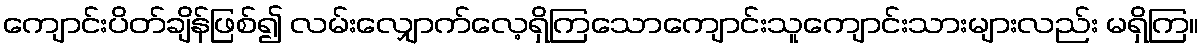
ကျောင်းပိတ်ချိန်ဖြစ်၍ လမ်းလျှောက်လေ့ရှိကြသောကျောင်းသူကျောင်းသားများလည်း မရှိကြ။